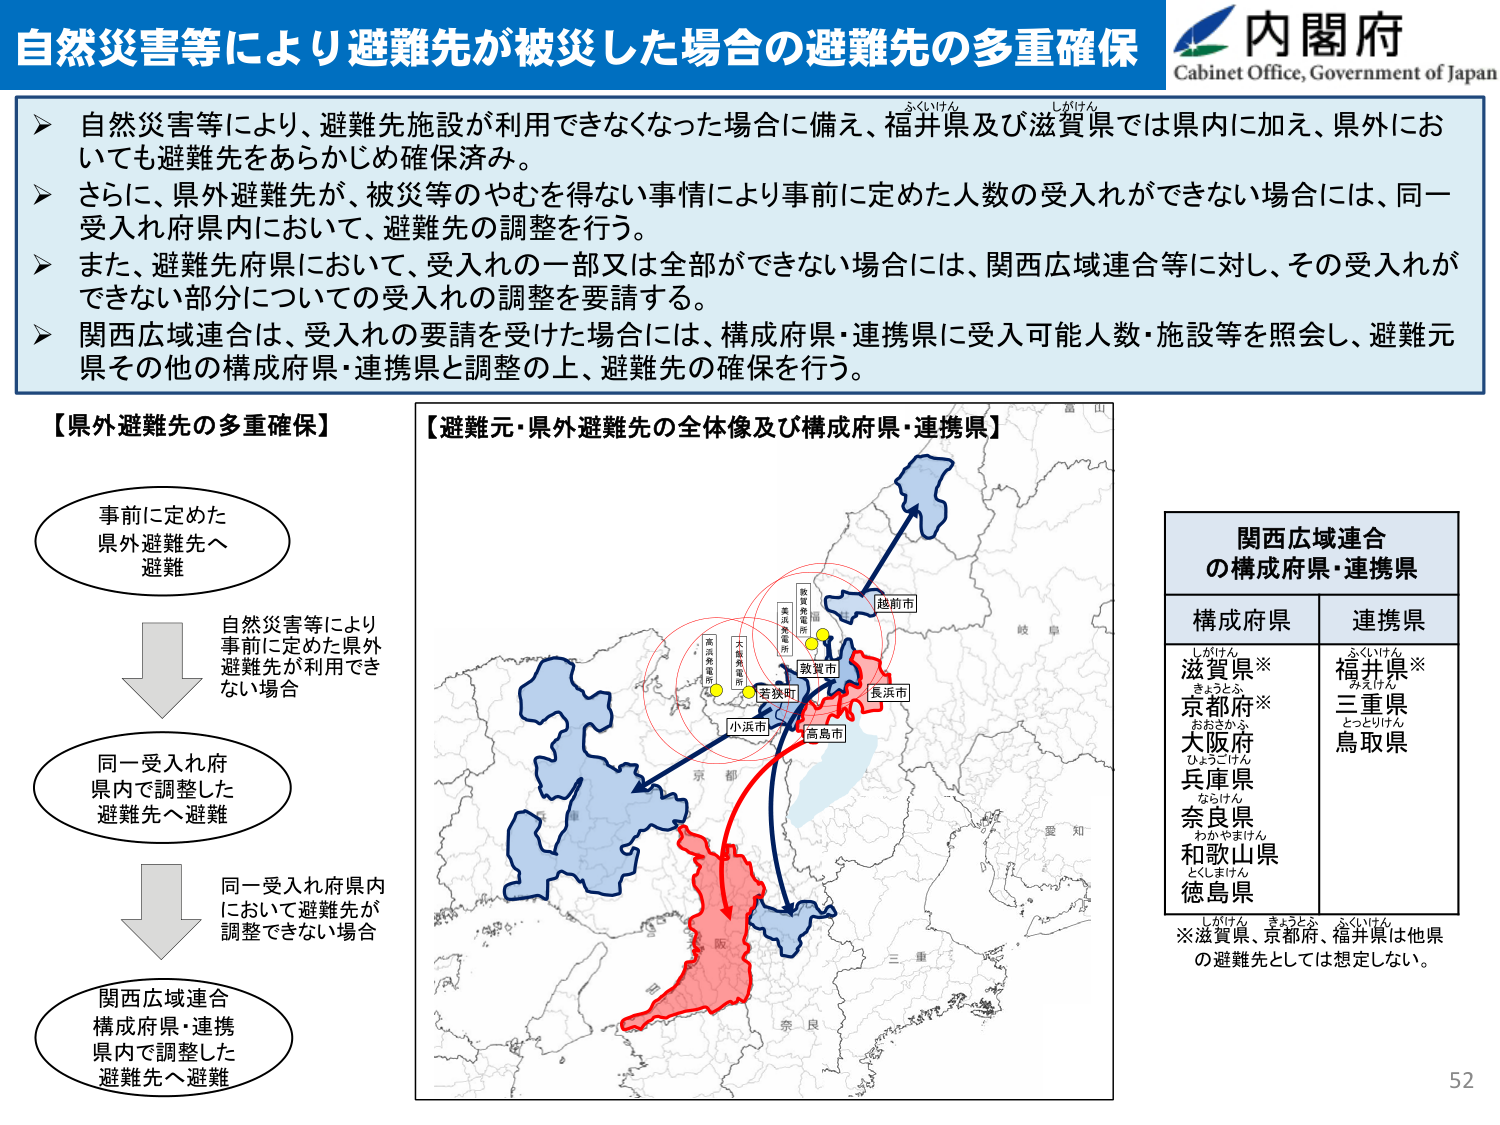
自然災害等により避難先が被災した場合の避難先の多重確保
内閣府
Cabinet Office, Government of Japan

自然災害等により、避難先施設が利用できなくなった場合に備え、福井県及び滋賀県では県内に加え、県外においても避難先をあらかじめ確保済み。
さらに、県外避難先が、被災等のやむを得ない事情により事前に定めた人数の受入れができない場合には、同一受入れ府県内において、避難先の調整を行う。
また、避難先府県において、受入れの一部又は全部ができない場合には、関西広域連合等に対し、その受入れができない部分についての受入れの調整を要請する。
関西広域連合は、受入れの要請を受けた場合には、構成府県・連携県に受入可能人数・施設等を照会し、避難元県その他の構成府県・連携県と調整の上、避難先の確保を行う。

【県外避難先の多重確保】
事前に定めた
県外避難先へ
避難
自然災害等により
事前に定めた県外
避難先が利用でき
ない場合
同一受入れ府
県内で調整した
避難先へ避難
同一受入れ府県内
において避難先が
調整できない場合
関西広域連合
構成府県・連携
県内で調整した
避難先へ避難

【避難元・県外避難先の全体像及び構成府県・連携県】
（地図上に表示されている地名）
越前市
敦賀市
若狭町
小浜市
高島市
長浜市
大阪府
滋賀県
福井県
京都府
兵庫県
奈良県
和歌山県
徳島県
（地図上に表示されている施設名）
敦賀発電所
美浜発電所
大飯発電所
高浜発電所

関西広域連合
の構成府県・連携県
構成府県　　　　　連携県
滋賀県※　　　　　福井県※
京都府※　　　　　三重県
大阪府　　　　　　鳥取県
兵庫県
奈良県
和歌山県
徳島県
※滋賀県、京都府、福井県は他県
の避難先としては想定しない。

52